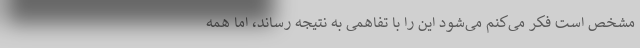
مشخص است فکر می‌کنم می‌شود این را با تفاهمی به نتیجه رساند، اما همه